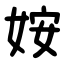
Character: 姲